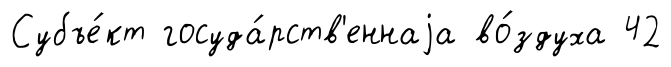
Субъе́кт госуда́рств'еннаjа во́здуха 42